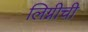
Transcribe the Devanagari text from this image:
लिग्नीची